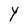
Character: Y